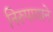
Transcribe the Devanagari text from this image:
निरुपायाने